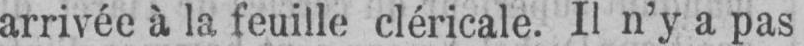
arrivée à la feuille cléricale. Il n’y a pas